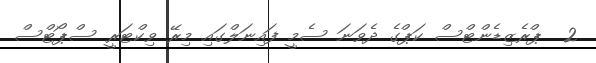
2  ޕްރެޒިޑެންޓްސް ކަޕްގެ ދެވަނަ ސެމީ ފައިނަލްގައި މިރޭ ވިކްޓަރީ ސްޕޯޓްސް